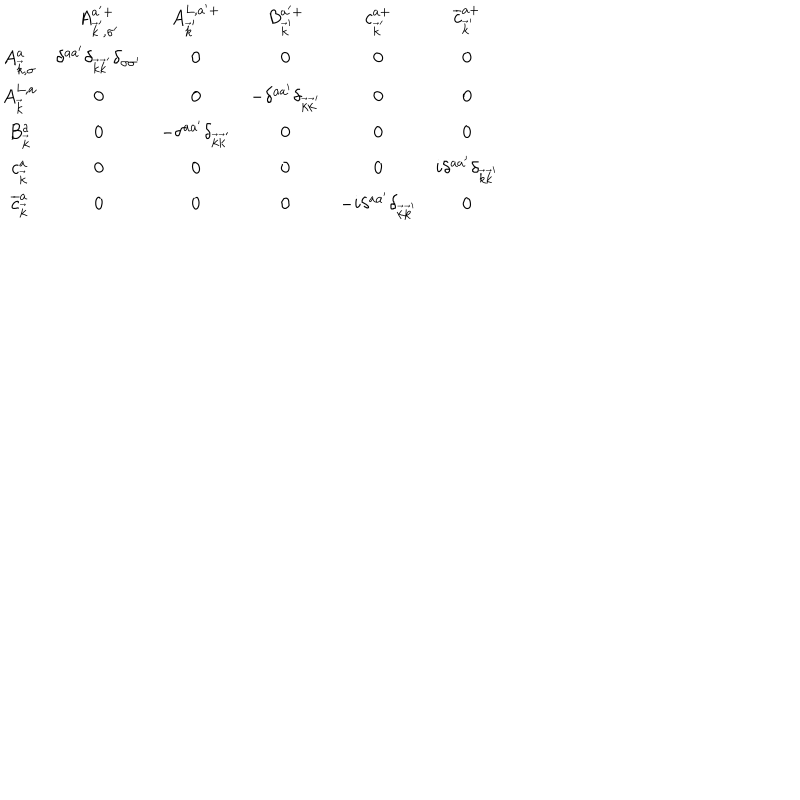
\begin{array} { c c c c c c } { { } } & { { A _ { \vec { k } ^ { \prime } , \sigma ^ { \prime } } ^ { a ^ { \prime } + } } } & { { A _ { \vec { k } ^ { \prime } } ^ { L , a ^ { \prime } + } } } & { { B _ { \vec { k } ^ { \prime } } ^ { a ^ { \prime } + } } } & { { c _ { \vec { k } ^ { \prime } } ^ { a + } } } & { { \overline { { { c } } } _ { \vec { k } ^ { \prime } } ^ { a + } } } \\ { { A _ { \vec { k } , \sigma } ^ { a } } } & { { \delta ^ { a a ^ { \prime } } \delta _ { \vec { k } \vec { k } ^ { \prime } } \delta _ { \sigma \sigma ^ { \prime } } } } & { { 0 } } & { { 0 } } & { { 0 } } & { { 0 } } \\ { { A _ { \vec { k } } ^ { L , a } } } & { { 0 } } & { { 0 } } & { { - \delta ^ { a a ^ { \prime } } \delta _ { \vec { k } \vec { k } ^ { \prime } } } } & { { 0 } } & { { 0 } } \\ { { B _ { \vec { k } } ^ { a } } } & { { 0 } } & { { - \delta ^ { a a ^ { \prime } } \delta _ { \vec { k } \vec { k } ^ { \prime } } } } & { { 0 } } & { { 0 } } & { { 0 } } \\ { { c _ { \vec { k } } ^ { a } } } & { { 0 } } & { { 0 } } & { { 0 } } & { { 0 } } & { { i \delta ^ { a a ^ { \prime } } \delta _ { \vec { k } \vec { k } ^ { \prime } } } } \\ { { \overline { { { c } } } _ { \vec { k } } ^ { a } } } & { { 0 } } & { { 0 } } & { { 0 } } & { { - i \delta ^ { a a ^ { \prime } } \delta _ { \vec { k } \vec { k } ^ { \prime } } } } & { { 0 } } \\ \end{array}